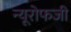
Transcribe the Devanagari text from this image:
न्यूरोफजी